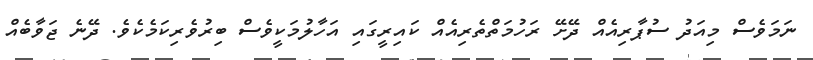
ނަމަވެސް މިއަދު ސުޕާރިއެއް ދޭށޭ ރަހުމަތްތެރިއެއް ކައިރީގައި އަހާލުމަކީވެސް ބިރުވެރިކަމެކެވެ. ދޭނެ ޖަވާބެއް